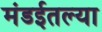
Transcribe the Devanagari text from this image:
मंडईतल्या